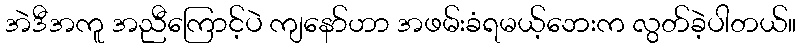
အဲဒီအကူ အညီကြောင့်ပဲ ကျနော်ဟာ အဖမ်းခံရမယ့်ဘေးက လွတ်ခဲ့ပါတယ်။